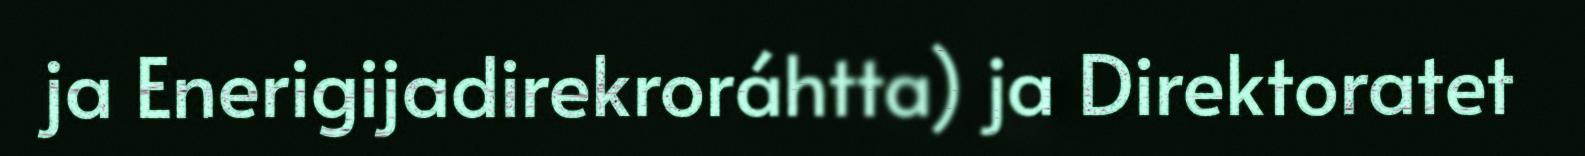
ja Enerigijadirekroráhtta) ja Direktoratet